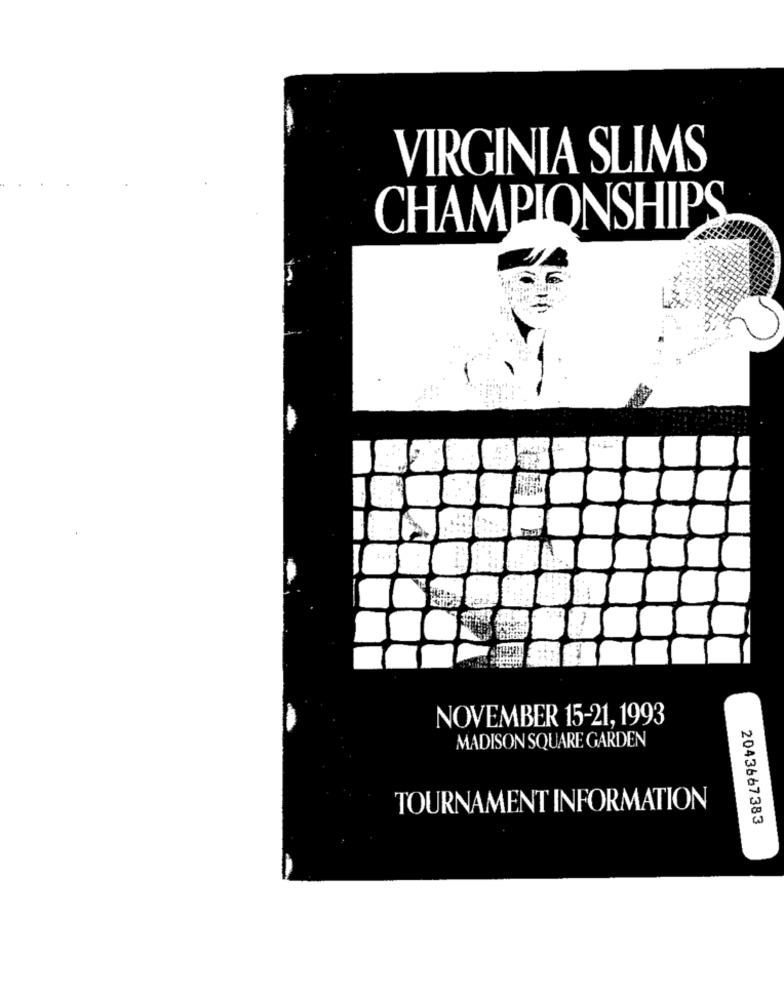
VIRGINIA SLIMS
CHAMPIONSHIPS
NOVEMBER 15-21, 1993
MADISON SQUARE GARDEN
TOURNAMENT INFORMATION
2043667383